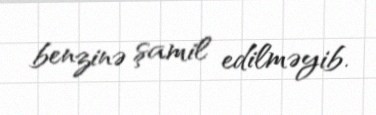
benzinə şamil edilməyib.